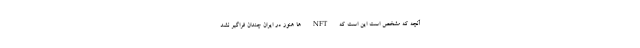
آنچه که مشخص است این است که NFT ها هنوز در ایران چندان فراگیر نشد